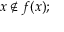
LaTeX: x \notin f ( x ) ;